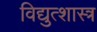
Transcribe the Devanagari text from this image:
विद्युत्शास्त्र